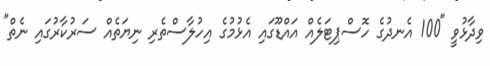
ވިދާޅުވީ "100 އެނދުގެ ހޮސްޕިޓަލެއް އައްޑޫގައި އެޅުމުގެ އިހުލާސްތެރި ނިޔަތެއް ސަރުކާރުގައި ނެތް"